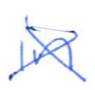
Text: in
Cross-out: cross
Writing tool: ballpoint